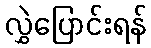
လွှဲပြောင်းရန်